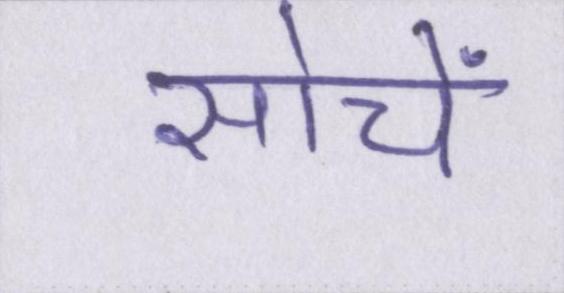
सोचें